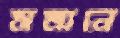
সমানে